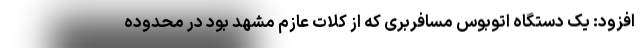
افزود: یک دستگاه اتوبوس مسافربری که از کلات عازم مشهد بود در محدوده